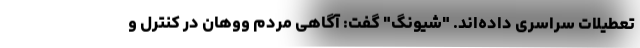
تعطیلات سراسری داده‌اند. "شیونگ" گفت: آگاهی مردم ووهان در کنترل و